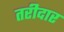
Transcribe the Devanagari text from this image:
तरीदार